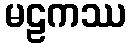
မဠကဿ